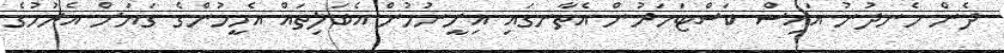
ދެން ހެނދުނު އައިސް ކަސްޓަމަރުން އެތާނގައި އިށީނުމުން އެބަލިތައް އެމީހުންގެ ގަޔަށް އެރުމުގެ